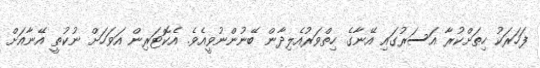
ފަހަރަކު ހިތަށްކުރާ އަސަރުގައި އޭނާގެ ހިތްވަރުއެލިދާން ބޭނުންނުވީއެވެ. އެކޮޓަރިން އަވަހަށް ނުކުތީ އޭނާއަށް